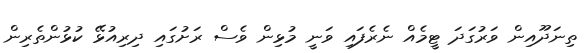
ތިނަދޫއިން ވަރުގަދަ ޓީމެއް ނެރެފައި ވަނީ މުޅިން ވެސް ރަށުގައި ދިރިއުޅޭ ކުޅުންތެރިން